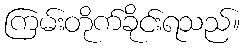
ကြမ်းတိုက်ခိုင်းရသည်။